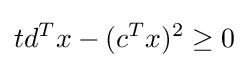
td^{T}x-(c^{T}x)^{2}\geq 0